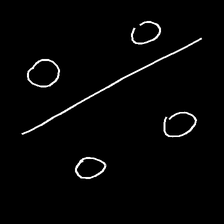
Glyph: cool